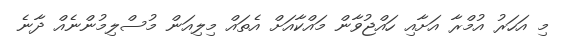
މި އަހަރު އުމްރާ އަށާއި ހައްޖުވާން މައްކާއަށް އެތައް މިލިއަން މުސްލިމުންނެއް ދާނެ